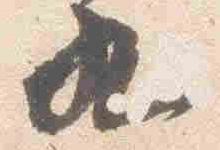
九